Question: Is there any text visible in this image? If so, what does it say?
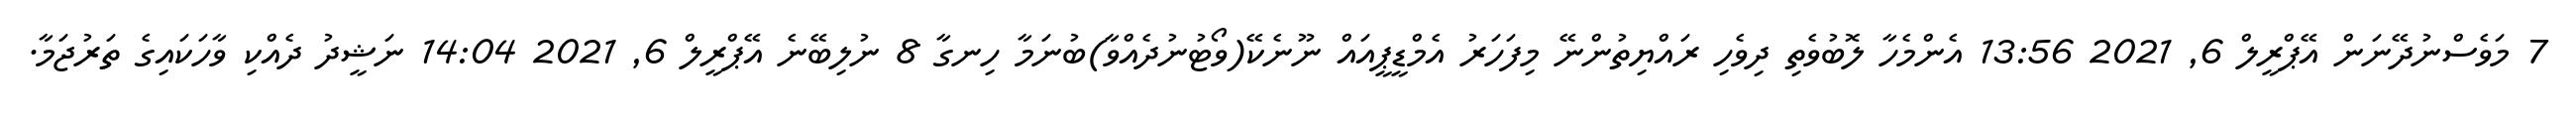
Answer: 7 މަވެސްނުދޭނަން އޭޕްރީލް 6, 2021 13:56 އެންމެހާ ލޮބުވެތި ދިވެހި ރައްޔިތުންނޭ މިފަހަރު އެމްޑީޕީއައް ނޫނެކޭ(ވޯޓުނުދެއްވާ)ބުނަމާ ހިނގާ 8 ނުލިބޭނެ އޭޕްރީލް 6, 2021 14:04 ނަޝީދު ދެއްކި ވާހަކައިގެ ތަރުޖަމާ.